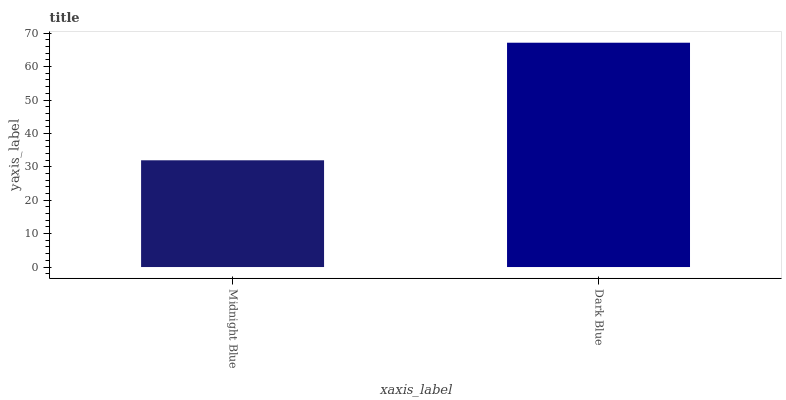
| xaxis_label | bars |
 | --- | --- |
 | Midnight Blue | 32 |
 | Dark Blue | 67.1 |